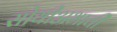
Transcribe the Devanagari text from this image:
सोयीअभावी